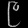
Digit: ၉